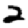
Digit: 2